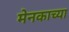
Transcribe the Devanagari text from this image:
मेनकाच्या